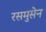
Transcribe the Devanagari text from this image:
रसमुसेन